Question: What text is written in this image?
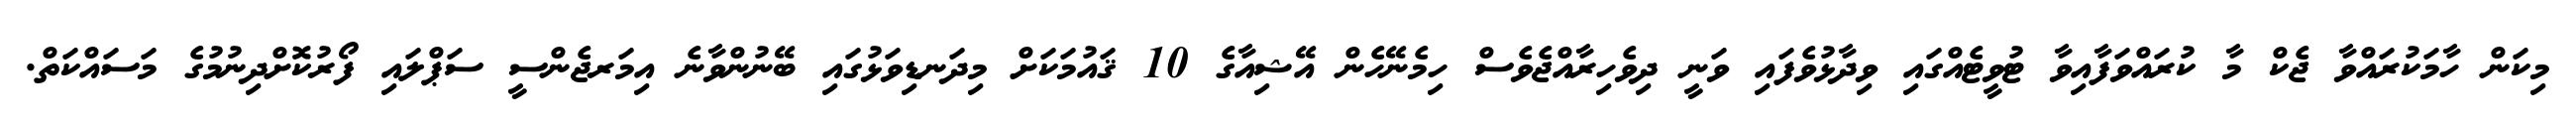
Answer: މިކަން ހާމަކުރައްވާ ޖެކް މާ ކުރައްވަފާއިވާ ޓުވީޓެއްގައި ވިދާޅުވެފައި ވަނީ ދިވެހިރާއްޖެވެސް ހިމެނޭހެން އޭޝިއާގެ 10 ޤައުމަކަށް މިދަނޑިވަޅުގައި ބޭނުންވާނެ އިމަރޖެންސީ ސަޕްލައި ފޯރުކޮށްދިނުމުގެ މަސައްކަތް.